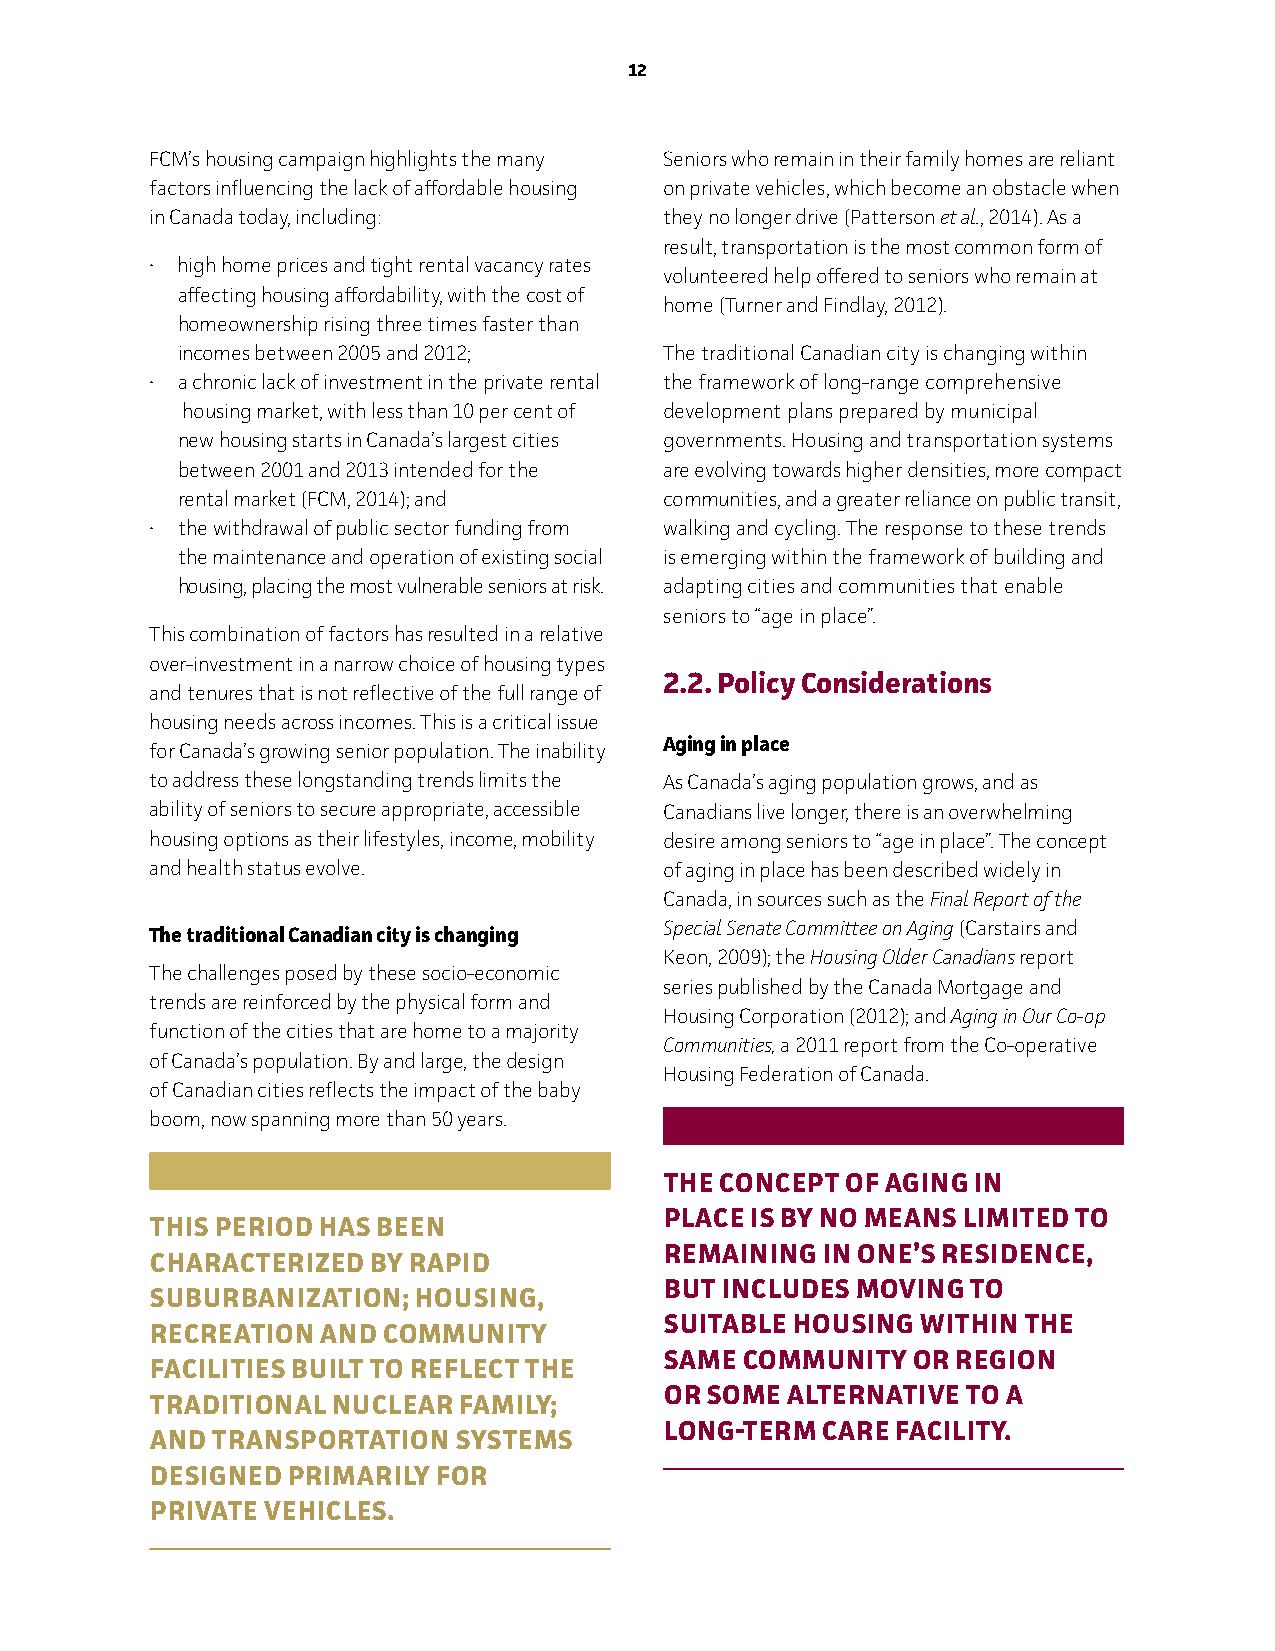
12
 FCM’s housing campaign highlights the many Seniors who remain in their family homes are reliant
 factors influencing the lack of affordable housing on private vehicles, which become an obstacle when
 in Canada today, including:       they no longer drive (Patterson et al., 2014). As a
 result, transportation is the most common form of
 • high home prices and tight rental vacancy rates
 volunteered help offered to seniors who remain at
 affecting housing affordability, with the cost of
 home (Turner and Findlay, 2012).
 homeownership rising three times faster than
 incomes between 2005 and 2012;  The traditional Canadian city is changing within
 • a chronic lack of investment in the private rental the framework of long-range comprehensive
 housing market, with less than 10 per cent of development plans prepared by municipal
 new housing starts in Canada’s largest cities governments. Housing and transportation systems
 between 2001 and 2013 intended for the are evolving towards higher densities, more compact
 rental market (FCM, 2014); and  communities, and a greater reliance on public transit,
 • the withdrawal of public sector funding from walking and cycling. The response to these trends
 the maintenance and operation of existing social is emerging within the framework of building and
 housing, placing the most vulnerable seniors at risk. adapting cities and communities that enable
 seniors to “age in place”.
 This combination of factors has resulted in a relative
 over-investment in a narrow choice of housing types
 2.2. Policy Considerations
 and tenures that is not reflective of the full range of
 housing needs across incomes. This is a critical issue
 Aging in place
 for Canada’s growing senior population. The inability
 to address these longstanding trends limits the As Canada’s aging population grows, and as
 ability of seniors to secure appropriate, accessible Canadians live longer, there is an overwhelming
 housing options as their lifestyles, income, mobility desire among seniors to “age in place”. The concept
 and health status evolve.         of aging in place has been described widely in
 Canada, in sources such as the Final Report of the
 The traditional Canadian city is changing Special Senate Committee on Aging (Carstairs and
 Keon, 2009); the Housing Older Canadians report
 The challenges posed by these socio-economic
 series published by the Canada Mortgage and
 trends are reinforced by the physical form and
 Housing Corporation (2012); and Aging in Our Co-op
 function of the cities that are home to a majority
 Communities, a 2011 report from the Co-operative
 of Canada’s population. By and large, the design
 Housing Federation of Canada.
 of Canadian cities reflects the impact of the baby
 boom, now spanning more than 50 years.
 The ConCePT oF AgIng In
 PLACe IS by no MeAnS LIMITeD To
 ThIS PeRIoD hAS been
 ReMAInIng In one’ S ReSIDenCe,
 ChARACTeRIzeD  by RAPID
 buT InCLuDeS MovIng To
 SubuRbAnIzATIon; houSIng,
 SuITAbLe houSIng wIThIn The
 ReCReATIon AnD CoMMunITy
 SAMe CoMMunITy  oR RegIon
 FACILITIeS buILT To ReFLeCT The
 oR SoMe ALTeRnATIve T o A
 TRADITIonAL nuCLeAR FAMILy;
 Long-TeRM CARe FACILITy.
 AnD TRAnSPoRTATIon  S ySTeMS
 DeSIgneD PRIMARILy FoR
 PRIvATe vehICLeS.